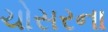
ચોસરના